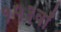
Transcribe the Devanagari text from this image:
१५३वाँ